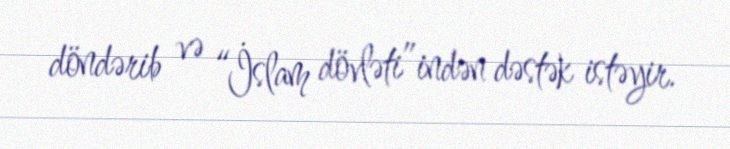
döndərib və “İslam dövləti”indən dəstək istəyir.